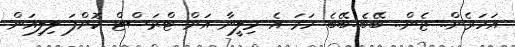
އަހަރެން.. ޒެން.. ބޭބެ..ބޭބެ ހަމަ އެ މިލީނާ އަށް ޓްރަސްޓް ކޮށްފަ ލިލިއަން